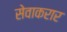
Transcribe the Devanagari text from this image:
सेवाकरार